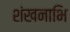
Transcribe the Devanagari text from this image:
शंखनाभि